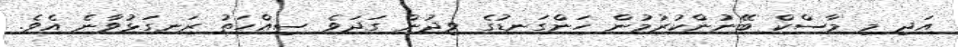
އަދި މި މާސްކް ބޭނުންކުރުމުން ހަންގަނޑުގެ ވިދުން ގަދަވެ ސިއްހަތު ރަނގަޅުވާނެ އެވެ.